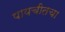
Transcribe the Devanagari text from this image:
पायचीतचा